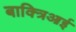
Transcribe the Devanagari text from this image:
बाक्त्रिआई